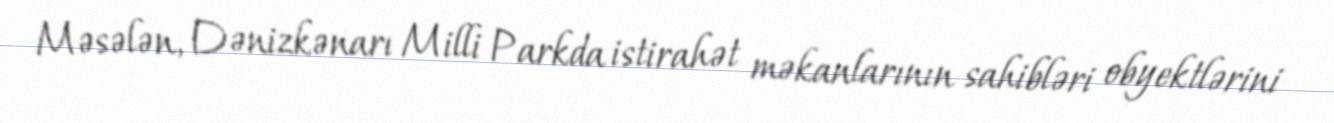
Məsələn, Dənizkənarı Milli Parkda istirahət məkanlarının sahibləri obyektlərini